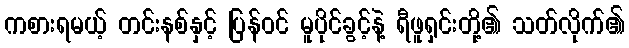
ကစားရမယ့် တင်းနစ်နှင့် ပြန်ဝင် မူပိုင်ခွင့်နဲ့ ရီဖူရှင်းတို့၏ သတ်လိုက်၏